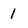
Character: 1